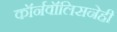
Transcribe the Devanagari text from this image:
कॉर्नवॉलिसनेही